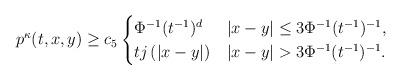
LaTeX: \begin{align*}p^{\kappa}(t,x,y)\ge c_5\begin{cases}\Phi^{-1}(t^{-1})^d & |x-y| \le 3\Phi^{-1}(t^{-1})^{-1},\\ t j\left( |x-y|\right) & |x-y| > 3\Phi^{-1}(t^{-1})^{-1}.\end{cases}\end{align*}